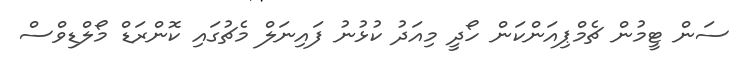
ސަން ޓީމުން ޗެމްޕިއަންކަން ހޯދީ މިއަދު ކުޅުނު ފައިނަލް މެޗުގައި ކޮންރަޑް މޯލްޑިވްސް